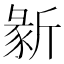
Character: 𣂵